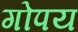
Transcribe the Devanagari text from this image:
गोपय